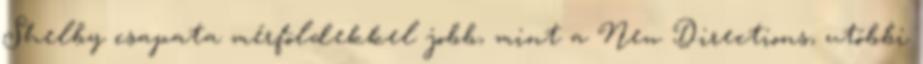
Shelby csapata mérföldekkel jobb, mint a New Directions, utóbbi